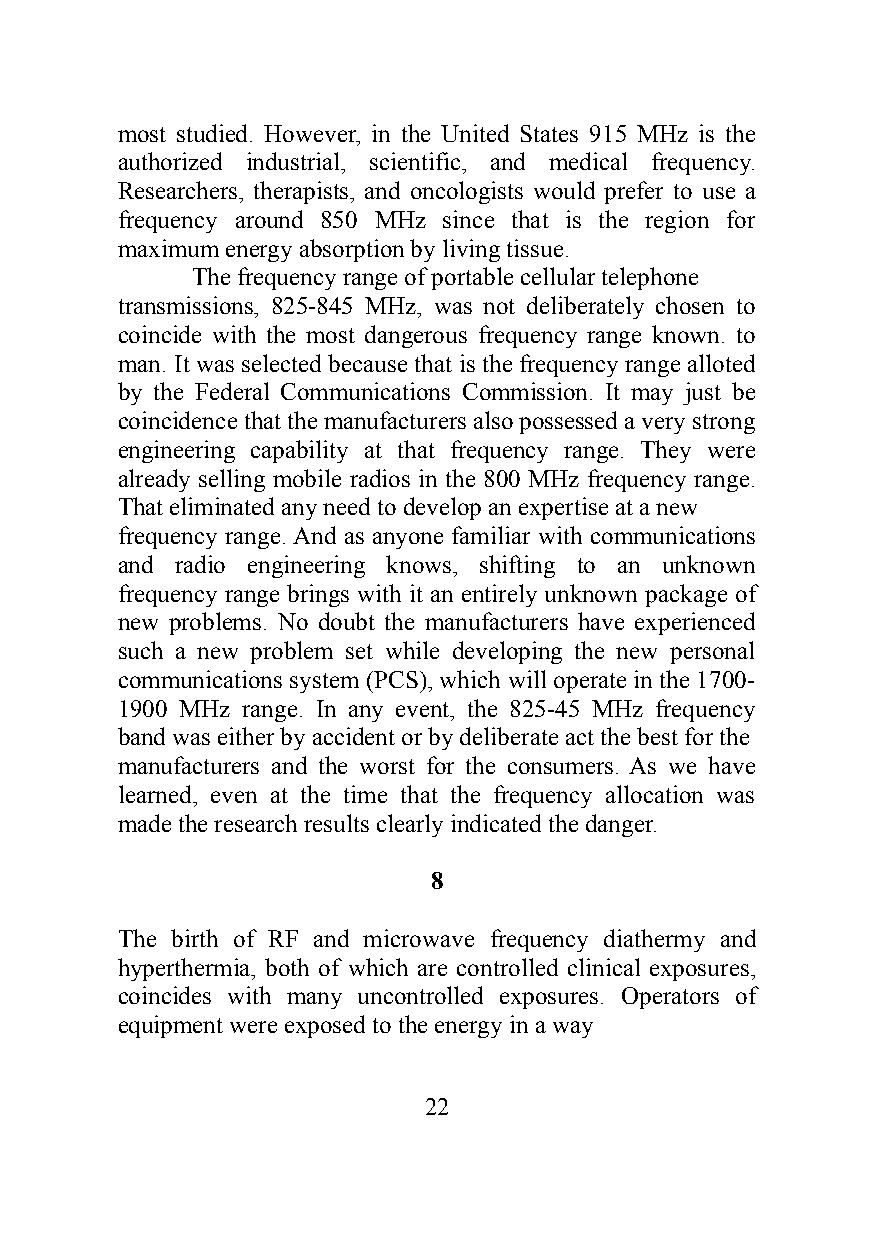
most studied. However, in the United States 915 MHz is the
 authorized industrial, scientific, and medical frequency.
 Researchers, therapists, and oncologists would prefer to use a
 frequency around 850 MHz since that is the region for
 maximum energy absorption by living tissue.
 The frequency range of portable cellular telephone
 transmissions, 825-845 MHz, was not deliberately chosen to
 coincide with the most dangerous frequency range known. to
 man. It was selected because that is the frequency range alloted
 by the Federal Communications Commission. It may just be
 coincidence that the manufacturers also possessed a very strong
 engineering capability at that frequency range. They were
 already selling mobile radios in the 800 MHz frequency range.
 That eliminated any need to develop an expertise at a new
 frequency range. And as anyone familiar with communications
 and radio engineering knows, shifting to an unknown
 frequency range brings with it an entirely unknown package of
 new problems. No doubt the manufacturers have experienced
 such a new problem set while developing the new personal
 communications system (PCS), which will operate in the 1700-
 1900 MHz range. In any event, the 825-45 MHz frequency
 band was either by accident or by deliberate act the best for the
 manufacturers and the worst for the consumers. As we have
 learned, even at the time that the frequency allocation was
 made the research results clearly indicated the danger.
 8
 The birth of RF and microwave frequency diathermy and
 hyperthermia, both of which are controlled clinical exposures,
 coincides with many uncontrolled exposures. Operators of
 equipment were exposed to the energy in a way
 22